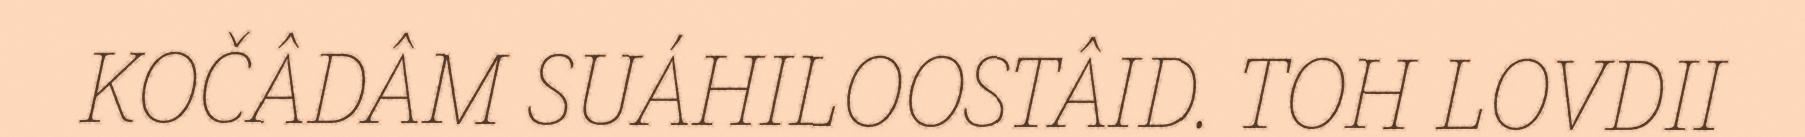
KOČÂDÂM SUÁHILOOSTÂID. TOH LOVDII